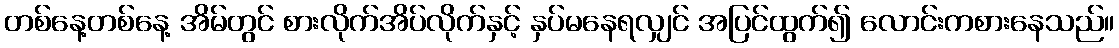
တစ်နေ့တစ်နေ့ အိမ်တွင် စားလိုက်အိပ်လိုက်နှင့် နှပ်မနေရလျှင် အပြင်ထွက်၍ လောင်းကစားနေသည်။